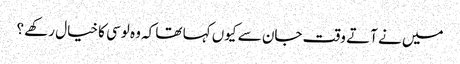
میں نے آتے وقت جان سے کیوں کہا تھا کہ وہ لوسی کا خیال رکھے ؟